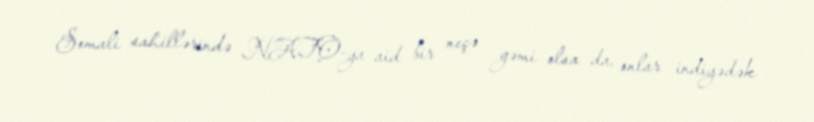
Somali sahillərində NATO-ya aid bir neçə gəmi olsa da, onlar indiyədək